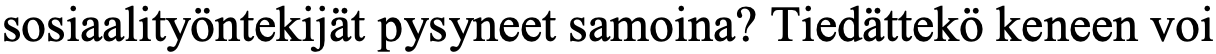
sosiaalityöntekijät pysyneet samoina? Tiedättekö keneen voi